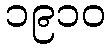
၁၉၁၀